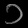
Digit: ၁